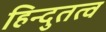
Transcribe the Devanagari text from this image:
हिन्दुतत्व